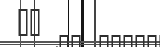
١٢